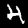
Label: 4